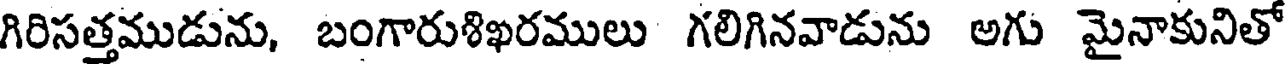
గిరిసత్తముడును, బంగారుశిఖరములు గలిగినవాడును అగు మైనాకునితో